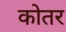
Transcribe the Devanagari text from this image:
कोतर